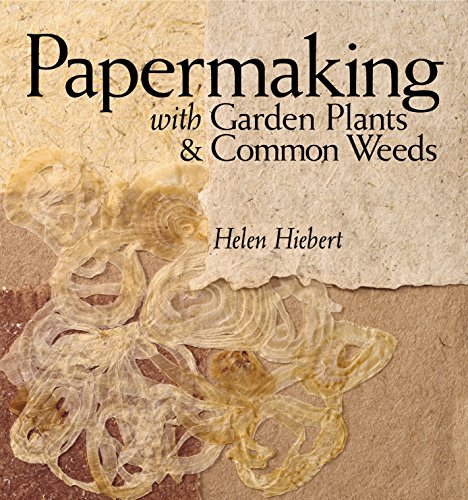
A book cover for Papermaking with Garden Plants & Common Weeds; Helen Hiebert; Crafts, Hobbies & Home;